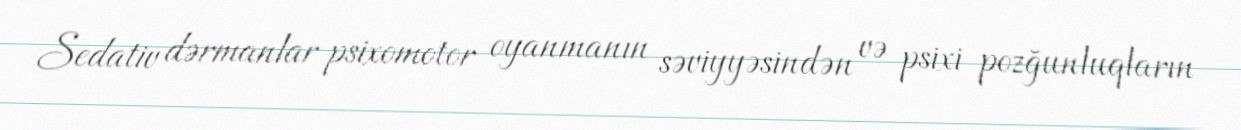
Sedativ dərmanlar psixomotor oyanmanın səviyyəsindən və psixi pozğunluqların